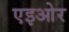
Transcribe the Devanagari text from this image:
एइओर